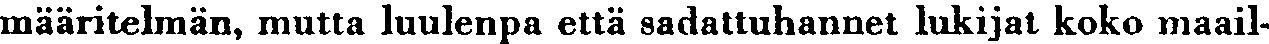
määritelmän, mutta luulenpa että sadattuhannet lukijat koko maail-